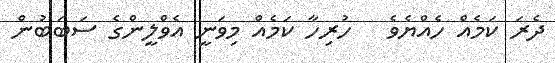
ދެރަ ކަމެއް ހެއްޔެވެ   ހުރިހާ ކަމެއް މިވަނީ އެވްލީންގެ ސަބަބުން